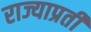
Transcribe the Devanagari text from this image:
राज्याप्रती